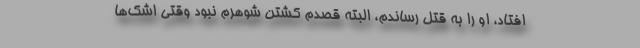
افتاد، او را به قتل رساندم، البته قصدم کشتن شوهرم نبود وقتی اشک‌ها